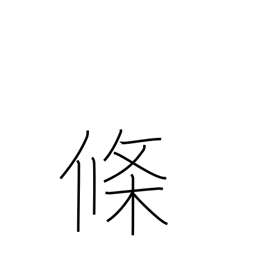
Meaning: counter for articles, clauses, paragraphs, etc.